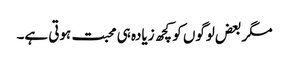
مگر بعض لوگوں کو کچھ زیادہ ہی محبت ہوتی ہے۔